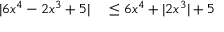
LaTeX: \begin{array} { r l } { | 6 x ^ { 4 } - 2 x ^ { 3 } + 5 | } & { { } \leq 6 x ^ { 4 } + | 2 x ^ { 3 } | + 5 } \end{array}